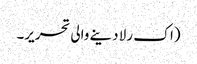
(اک رلا دینے والی تحریر۔